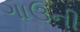
ગાઉની